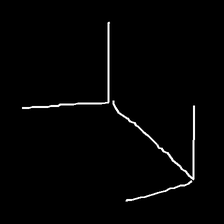
Glyph: gather